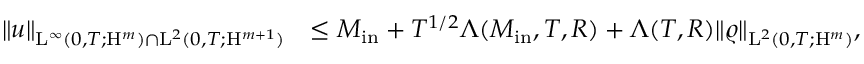
\begin{array} { r l } { \Vert u \Vert _ { \mathrm { L } ^ { \infty } ( 0 , T ; \mathrm { H } ^ { m } ) \cap \mathrm { L } ^ { 2 } ( 0 , T ; \mathrm { H } ^ { m + 1 } ) } } & { \leq M _ { \mathrm { i n } } + T ^ { 1 / 2 } \Lambda ( M _ { \mathrm { i n } } , T , R ) + \Lambda ( T , R ) \Vert \varrho \Vert _ { \mathrm { L } ^ { 2 } ( 0 , T ; \mathrm { H } ^ { m } ) } , } \end{array}